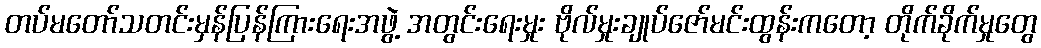
တပ်မတော်သတင်းမှန်ပြန်ကြားရေးအဖွဲ့ အတွင်းရေးမှုး ဗိုလ်မှုးချုပ်ဇော်မင်းထွန်းကတော့ တိုက်ခိုက်မှုတွေ